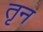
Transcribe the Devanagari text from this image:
तृन